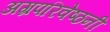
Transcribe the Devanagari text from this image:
अग्रपरिवेष्ठनी